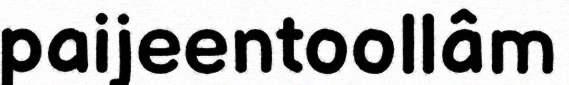
paijeentoollâm